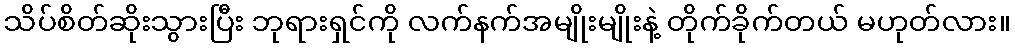
သိပ်စိတ်ဆိုးသွားပြီး ဘုရားရှင်ကို လက်နက်အမျိုးမျိုးနဲ့ တိုက်ခိုက်တယ် မဟုတ်လား။